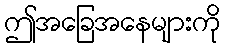
ဤအခြေအနေများကို